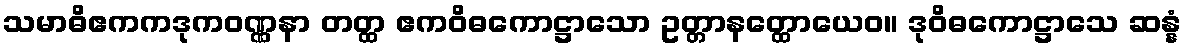
သမာဓိဧကကဒုကဝဏ္ဏနာ တတ္ထ ဧကဝိဓကောဋ္ဌာသော ဥတ္တာနတ္ထောယေဝ။ ဒုဝိဓကောဋ္ဌာသေ ဆန္နံ